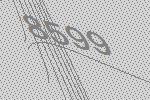
8599